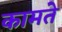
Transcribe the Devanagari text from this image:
कामते